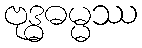
ဗုဒ္ဓဓမ္မဿ